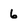
Character: 6